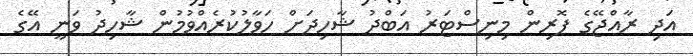
އަދި ރާއްޖޭގެ ފޮރިން މިނިސްޓަރު އަބްދު ޝާހިދަށް ހަވާލުކުރެއްވުމުން ޝާހިދު ވަނީ އޭގެ